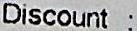
DISCOUNT :